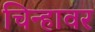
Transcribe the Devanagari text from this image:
चिन्हावर